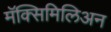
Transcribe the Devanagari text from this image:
मॅक्सिमिलिअन